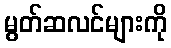
မွတ်ဆလင်များကို